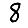
Digit: 8